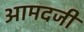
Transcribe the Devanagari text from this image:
आमदजी